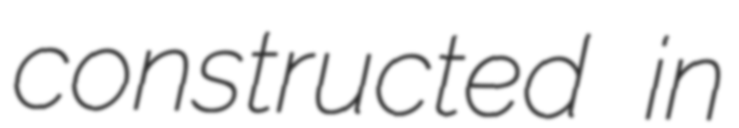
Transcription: constructed in